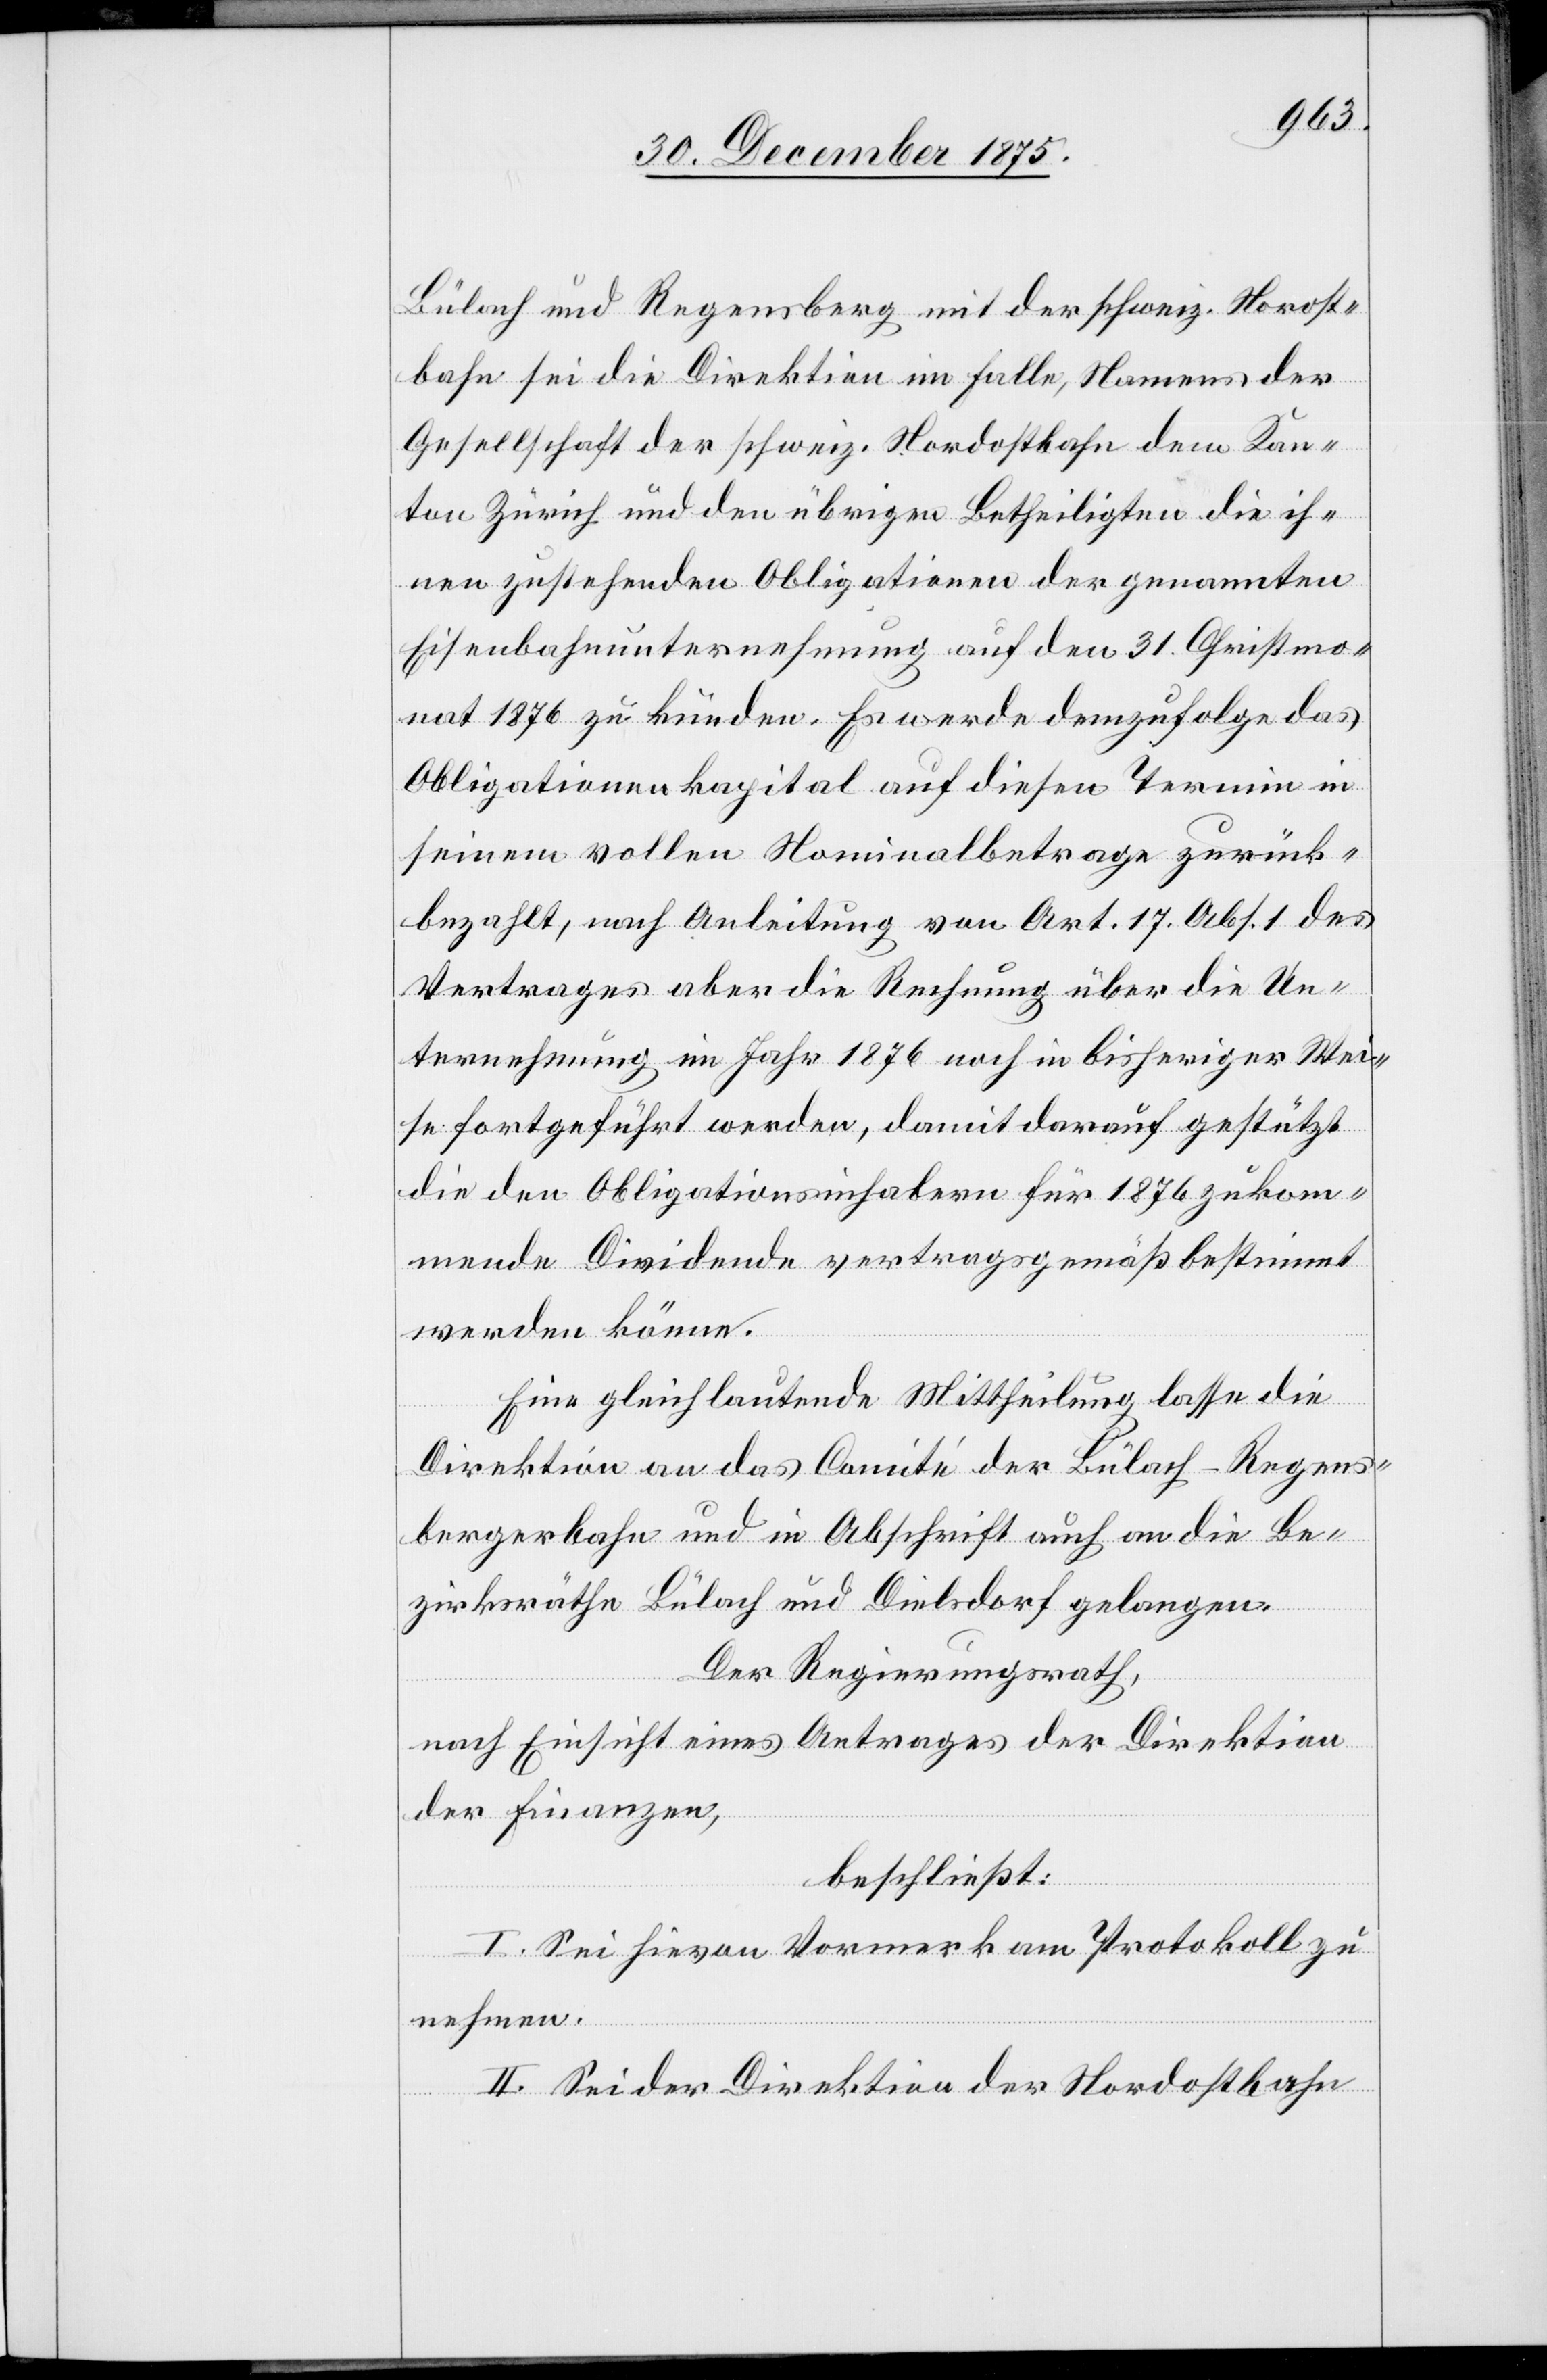
Bülach und Regensberg mit der schweiz. Nor[d]ost¬
bahn sei die Direktion im Falle, Namens der
Gesellschaft der schweiz. Nordostbahn dem Kan¬
ton Zürich und den übrigen Betheiligten die ih¬
nen zustehenden Obligationen der genannten
Eisenbahnunternehmung auf den 31. Christmo¬
nat 1876 zu künden. Es werde demzufolge das
Obligationenkapital auf diesen Termin in
seinem vollen Nominalbetrag zurück¬
bezahlt, nach Anleitung von Art. 17. Abs. 1 des
Vertrages aber die Rechnung über die Un¬
ternehmung im Jahr 1876 noch in bisheriger Wei¬
se fortgeführt werden, damit darauf gestützt
die den Obligationsinhabern für 1876 zukom¬
mende Dividende vertragsgemäß bestimmt
werden könne.
Eine gleichlautende Mittheilung lasse die
Direktion an das Comité der Bülach–Regens¬
bergerbahn und in Abschrift auch an die Be¬
zirksräthe Bülach und Dielsdorf gelangen.
Der Regierungsrath,
nach Einsicht eines Antrages der Direktion
der Finanzen,
beschließt:
I. Sei hievon Vormerk am Protokoll zu
nehmen.
II. Sei der Direktion der Nordostbahn